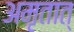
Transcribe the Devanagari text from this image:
अमृतात्‌